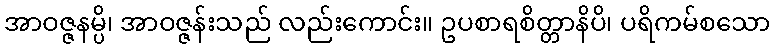
အာဝဇ္ဇနမ္ပိ၊ အာဝဇ္ဇန်းသည် လည်းကောင်း။ ဥပစာရစိတ္တာနိပိ၊ ပရိကမ်စသော